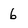
Character: 6